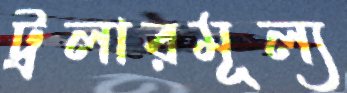
ট্রলারমূল্য